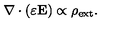
{ \bf \nabla } \cdot ( \varepsilon { \bf E } ) \propto \rho _ { \mathrm { e x t } } .